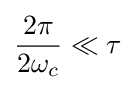
{\frac {2\pi }{2\omega _{c}}}\ll \tau